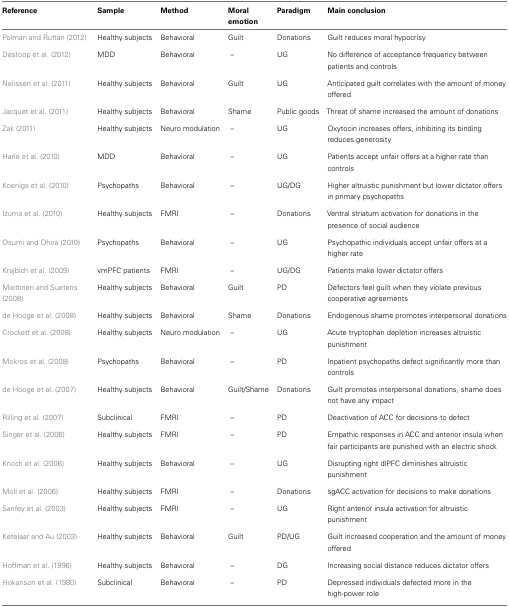
<table><thead><tr><td><b>Reference</b></td><td><b>Sample</b></td><td><b>Method</b></td><td><b>Moral emotion</b></td><td><b>Paradigm</b></td><td><b>Main conclusion</b></td></tr></thead><tbody><tr><td>Polman and Ruttan (2012)</td><td>Healthy subjects</td><td>Behavioral</td><td>Guilt</td><td>Donations</td><td>Guilt reduces moral hypocrisy</td></tr><tr><td>Destoop et al. (2012)</td><td>MDD</td><td>Behavioral</td><td>–</td><td>UG</td><td>No difference of acceptance frequency between patients and controls</td></tr><tr><td>Nelissen et al. (2011)</td><td>Healthy subjects</td><td>Behavioral</td><td>Guilt</td><td>UG</td><td>Anticipated guilt correlates with the amount of money offered</td></tr><tr><td>Jacquet et al. (2011)</td><td>Healthy subjects</td><td>Behavioral</td><td>Shame</td><td>Public goods</td><td>Threat of shame increased the amount of donations</td></tr><tr><td>Zak (2011)</td><td>Healthy subjects</td><td>Neuro modulation</td><td>–</td><td>UG</td><td>Oxytocin increases offers, inhibiting its binding reduces generosity</td></tr><tr><td>Harle et al. (2010)</td><td>MDD</td><td>Behavioral</td><td>–</td><td>UG</td><td>Patients accept unfair offers at a higher rate than controls</td></tr><tr><td>Koenigs et al. (2010)</td><td>Psychopaths</td><td>Behavioral</td><td>–</td><td>UG/DG</td><td>Higher altruistic punishment but lower dictator offers in primary psychopaths</td></tr><tr><td>Izuma et al. (2010)</td><td>Healthy subjects</td><td>FMRI</td><td>–</td><td>Donations</td><td>Ventral striatum activation for donations in the presence of social audience</td></tr><tr><td>Osumi and Ohira (2010)</td><td>Psychopaths</td><td>Behavioral</td><td>–</td><td>UG</td><td>Psychopathic individuals accept unfair offers at a higher rate</td></tr><tr><td>Krajbich et al. (2009)</td><td>vmPFC patients</td><td>FMRI</td><td>–</td><td>UG/DG</td><td>Patients make lower dictator offers</td></tr><tr><td>Miettinen and Suetens (2008)</td><td>Healthy subjects</td><td>Behavioral</td><td>Guilt</td><td>PD</td><td>Defectors feel guilt when they violate previous cooperative agreements</td></tr><tr><td>de Hooge et al. (2008)</td><td>Healthy subjects</td><td>Behavioral</td><td>Shame</td><td>Donations</td><td>Endogenous shame promotes interpersonal donations</td></tr><tr><td>Crockett et al. (2008)</td><td>Healthy subjects</td><td>Neuro modulation</td><td>–</td><td>UG</td><td>Acute tryptophan depletion increases altruistic punishment</td></tr><tr><td>Mokros et al. (2008)</td><td>Psychopaths</td><td>Behavioral</td><td>–</td><td>PD</td><td>Inpatient psychopaths defect significantly more than controls</td></tr><tr><td>de Hooge et al. (2007)</td><td>Healthy subjects</td><td>Behavioral</td><td>Guilt/Shame</td><td>Donations</td><td>Guilt promotes interpersonal donations, shame does not have any impact</td></tr><tr><td>Rilling et al. (2007)</td><td>Subclinical</td><td>FMRI</td><td>–</td><td>PD</td><td>Deactivation of ACC for decisions to defect</td></tr><tr><td>Singer et al. (2006)</td><td>Healthy subjects</td><td>FMRI</td><td>–</td><td>PD</td><td>Empathic responses in ACC and anterior insula when fair participants are punished with an electric shock</td></tr><tr><td>Knoch et al. (2006)</td><td>Healthy subjects</td><td>Behavioral</td><td>–</td><td>UG</td><td>Disrupting right dlPFC diminishes altruistic punishment</td></tr><tr><td>Moll et al. (2006)</td><td>Healthy subjects</td><td>FMRI</td><td>–</td><td>Donations</td><td>sgACC activation for decisions to make donations</td></tr><tr><td>Sanfey et al. (2003)</td><td>Healthy subjects</td><td>FMRI</td><td>–</td><td>UG</td><td>Right anterior insula activation for altruistic punishment</td></tr><tr><td>Ketelaar and Au (2003)</td><td>Healthy subjects</td><td>Behavioral</td><td>Guilt</td><td>PD/UG</td><td>Guilt increased cooperation and the amount of money offered</td></tr><tr><td>Hoffman et al. (1996)</td><td>Healthy subjects</td><td>Behavioral</td><td>–</td><td>DG</td><td>Increasing social distance reduces dictator offers</td></tr><tr><td>Hokanson et al. (1980)</td><td>Subclinical</td><td>Behavioral</td><td>–</td><td>PD</td><td>Depressed individuals defected more in the high-power role</td></tr></tbody></table>